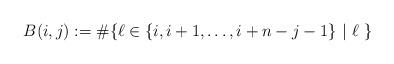
LaTeX: \begin{align*}B(i,j):=\#\{ \ell\in \{i, i+1, \dots, i+n-j-1\}~|~\ell~\}\end{align*}